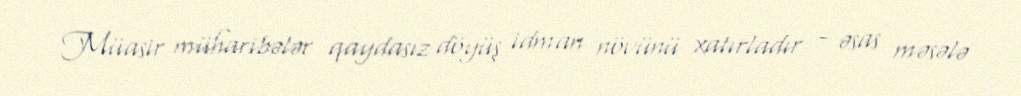
Müasir müharibələr qaydasız döyüş idman növünü xatırladır - əsas məsələ